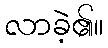
လာခဲ့၏။